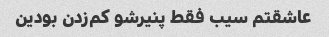
عاشقتم سیب فقط پنیرشو کم‌زدن بودین